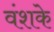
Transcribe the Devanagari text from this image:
वंशके